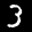
Label: 3